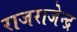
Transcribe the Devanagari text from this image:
राजराजेन्द्र